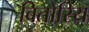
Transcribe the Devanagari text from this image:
वितोरिय